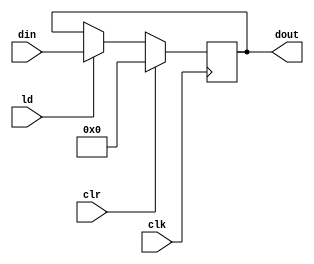
module PIPO2(
    input [15:0] din,
    input ld,
    input clr,
    input clk,
    output reg [15:0] dout
    );

always@(posedge clk)

    if(clr)
            dout<= 16'b0;
            
    else if (ld)     
            dout<= din;

endmodule